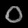
Digit: ၀